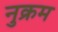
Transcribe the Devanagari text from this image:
नुक्रम